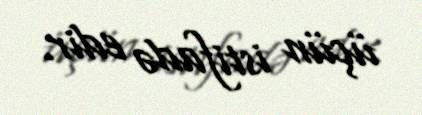
üçün istifadə edir.